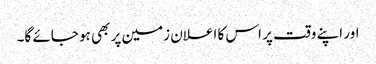
اور اپنے وقت پر اس کا اعلان زمین پر بھی ہو جائے گا۔